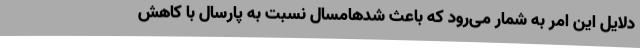
دلایل این امر به شمار می‌رود که باعث شدهامسال نسبت به پارسال با کاهش